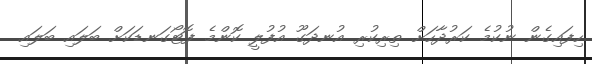
ހިފައިގެން ނުކުމެ ކަރުދާހަށް ތިރިކުރި އުނދަގޫ އުފުލީ ކޮންމެ ފޮޓޯގަނޑަކަށް ބަލައި ބަލައި